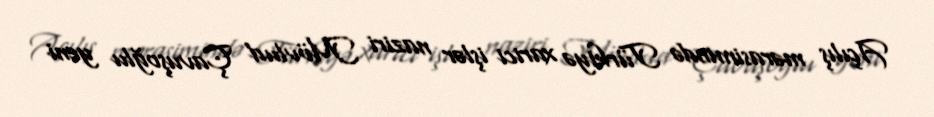
Açılış mərasimində Türkiyə xarici işlər naziri Mövlud Çavuşoğlu yeni